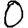
Digit: 0